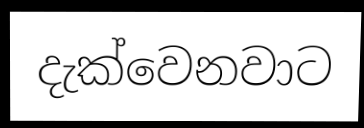
දැක්වෙනවාට